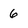
Character: 6